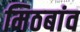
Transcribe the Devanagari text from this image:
मिठबांव